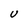
Character: U